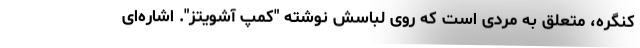
کنگره، متعلق به مردی است که روی لباسش نوشته "کمپ آشویتز". اشاره‌ای